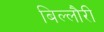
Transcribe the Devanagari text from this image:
बिल्लौरी